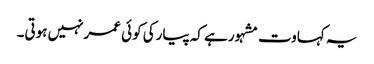
یہ کہاوت مشہورہے کہ پیارکی کوئی عمرنہیں ہوتی۔